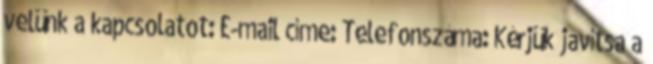
velünk a kapcsolatot: E-mail címe: Telefonszáma: Kérjük javítsa a